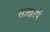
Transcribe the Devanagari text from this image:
साखरपें